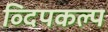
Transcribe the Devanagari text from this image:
व्दिपकल्प